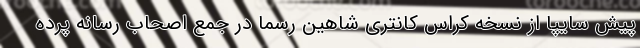
پیش سایپا از نسخه کراس کانتری شاهین رسما در جمع اصحاب رسانه پرده